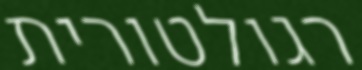
רגולטורית